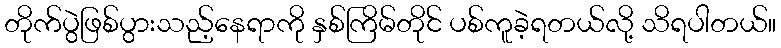
တိုက်ပွဲဖြစ်ပွားသည့်နေရာကို နှစ်ကြိမ်တိုင် ပစ်ကူခဲ့ရတယ်လို့ သိရပါတယ်။